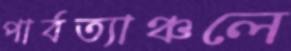
পার্বত্যাঞ্চলে